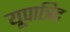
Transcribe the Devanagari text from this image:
यूपात्रिद